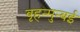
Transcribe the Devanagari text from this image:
बृहन्मुन्बई